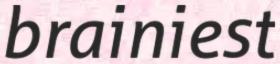
brainiest